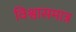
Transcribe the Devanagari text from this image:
विश्वासमात्र